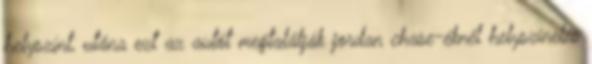
helyszínt, utána ezt az autót megtalálják jordan chase-éknél helyszínelés